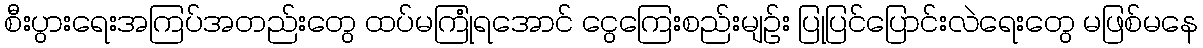
စီးပွားရေးအကြပ်အတည်းတွေ ထပ်မကြုံရအောင် ငွေကြေးစည်းမျဉ်း ပြုပြင်ပြောင်းလဲရေးတွေ မဖြစ်မနေ